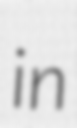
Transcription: in